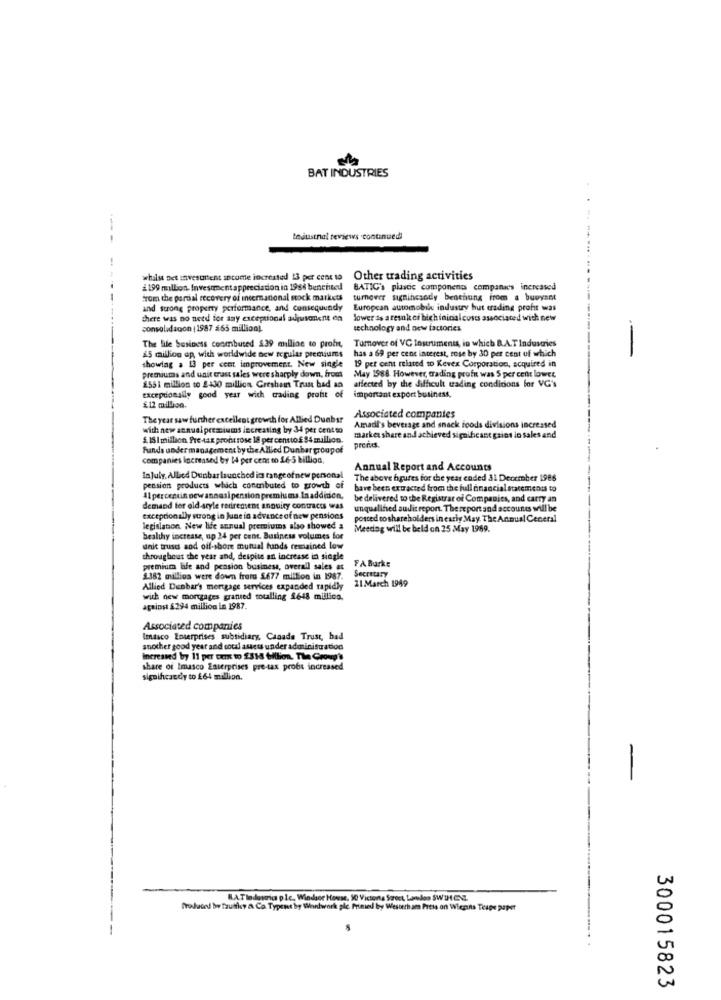
BAT INDUSTRIES
---
tejustnal reviews continued
whilst set investrient income incrested 13 per cent to
Other trading activities
1199 million, Investment appreciation in 19se beneneed
BATIC's plastic components compana's increased
from the pardal recovery of international mock markets
turnover signincandy benchung from a buoyant
and strong property performance, and consequundy European automobile industry hut trading profit was
European automobile industry hut trading profit was
there was no need for any exceptional adjutonent on
lower as a result of high ininalcosts associated with new
consolidacon | 1987 565 million).
technology and new factories
Tumover of VC Instruments, in which B.A.T Industries
The Bile business conmbuted $39 million to probe,
has a 69 per cent interest, rose by 30 per cent of which
-
AS million ap with worldwide new regular premiums
showing a 13 per cent improvement. New single
19 per cent related to Kever Corporation, acquired in
premiums and unit east sales were sharply down, front
May 1988. However, trading profi was 5 per cent lower
affected by the difficult trading conditions for VG's
1551 million to 2430 million Greshant Trus bad an
exceptionally good year with trading profit of
important export business,
£12 million.
The year saw further excellent growth for Allied Dunbar
Associated companies
with new annual premiums increating by 34 per centso
Amadi's beverage and snack foods divisions increased
$. IS I million Pre tax profitrose 18 per centtof $4 million.
market share and achieved significant gains in sales and
Funds under management by the Allied Dunbar groupof
prends.
companies increased by 14 per cent to 16-5 billion,
Annual Report and Accounts
InJuly, Albed Dunbar launched in rangeofnew personal
The above hgures for the year ended 31 December 1988
pension products which conmibuted to growth of
have been extracted from the full onancial statements to
41 percentin newannasipension premiums Inaddition,
be delivered to the Registrar of Companies, and carry an
demand for old style redirement annuity contracts was
unqualified audit report. The report and accounts will be
exceptionally strong in June in advance of new pensions
posted co shareholders in cariy May. The Annual Ceneral
legislation. New life annual premiums also showed a
Meeting will be held on 25 May 1989.
healthy increase, up 24 per cent. Business volumes for
unit trust and off-shore mutual funds remained low
throughout the year and, despite an increase in single
premium life and pension business, overall sales at
FA Burke
Secretary
1.382 million were down from 5677 million in 1987.
11 March 1949
Allied Dunbar's mortgage services expanded rapidly
with new mortgages granted totalling $648 million.
against £294 million in 1987.
Associated companies
Imdaco Enterprises subsidiary, Canada Trust, bad
another good year and coul assets under administration
increased by 11 per cent to $818 billion. The Group's
share of Imasco Enterprises pre-tax probe increased
sigoihcandy to 264 million.
B.A.Tladoseid ple, Windsor House, 50 Victorta Scroct, London SW 1H CNEL
Produced be Tausky & Co. Typeut by Wantwork plc. Printed by Westerham Preta on Wienns Teape paper
300015823